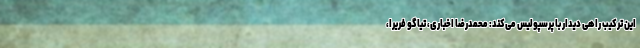
این ترکیب راهی دیدار با پرسپولیس می‌کند: محمدرضا اخباری، تیاگو فریرا،